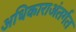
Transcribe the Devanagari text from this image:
अधिकाराअंतर्गत